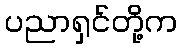
ပညာရှင်တို့က